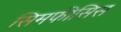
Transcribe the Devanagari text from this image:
सिमफीसिस